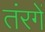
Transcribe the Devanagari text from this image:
तंरगें